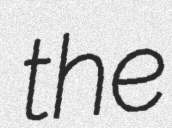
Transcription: the